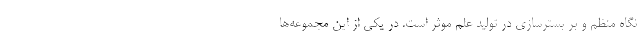
نگاه منظم و بر بسترسازی در تولید علم موثر است. در یکی از این مجموعه‌ها